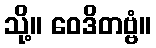
သို့။ ဝေဒိတဗ္ဗံ။